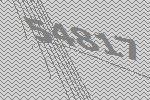
54817